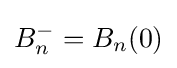
B_{n}^{-{}}=B_{n}(0)